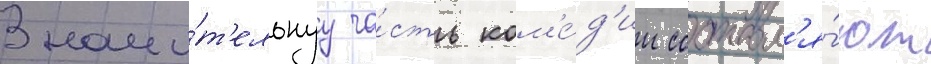
Значи́т'ельнуу ча́сть ком'е́д'ии составл'я́ют